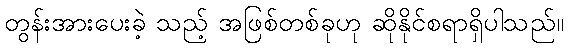
တွန်းအားပေးခဲ့ သည့် အဖြစ်တစ်ခုဟု ဆိုနိုင်စရာရှိပါသည်။